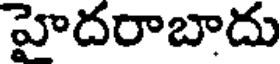
హైదరాబాదు